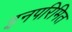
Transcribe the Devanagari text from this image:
इनपरिमित